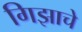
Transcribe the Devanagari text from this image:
गिझाचे